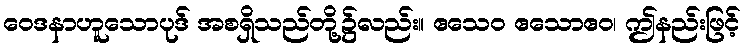
ဝေဒနာဟူသောပုဒ် အစရှိသည်တို့၌လည်း။ ဧသေဝ ဧသောဧဝ၊ ဤနည်းဖြင့်